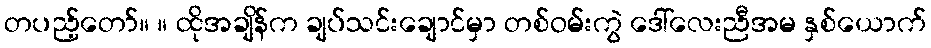
တပည့်တော်။ ။ ထိုအချိန်က ချပ်သင်းချောင်မှာ တစ်ဝမ်းကွဲ ဒေါ်လေးညီအမ နှစ်ယောက်